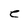
Character: e